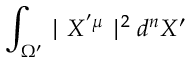
\int _ { \Omega ^ { \prime } } \mid X ^ { ' \mu } \mid ^ { 2 } d ^ { n } X ^ { \prime }